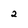
Character: 2